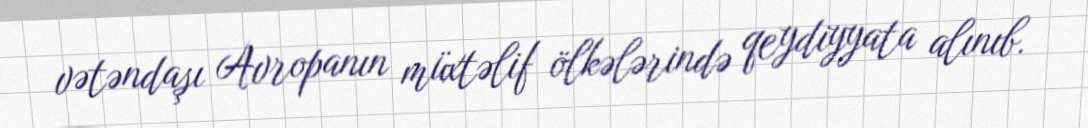
vətəndaşı Avropanın müxtəlif ölkələrində qeydiyyata alınıb.